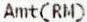
AMT(RM)